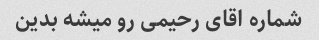
شماره اقای رحیمی رو میشه بدین